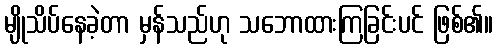
မျိုသိပ်နေခဲ့တာ မှန်သည်ဟု သဘောထားကြခြင်းပင် ဖြစ်၏။